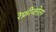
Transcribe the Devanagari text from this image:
रेफ्रीजरेतर